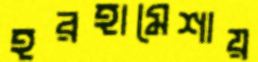
হরহামেশায়